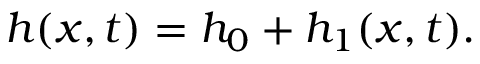
h ( x , t ) = h _ { 0 } + h _ { 1 } ( x , t ) .